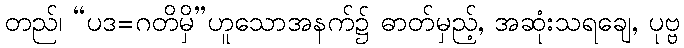
တည်၊ “ပဒ=ဂတိမှိ”ဟူသောအနက်၌ ဓာတ်မှည့်, အဆုံးသရချေ, ပုဗ္ဗ